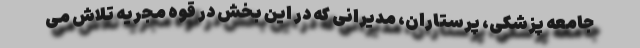
جامعه پزشکی، پرستاران، مدیرانی که در این بخش در قوه مجریه تلاش می